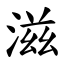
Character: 滋